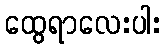
ထွေရာလေးပါး